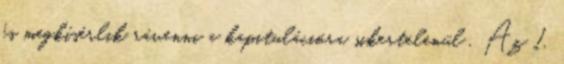
és megkísérlik rávenni a kapitulációra sikertelenül . Az 1.